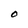
Character: O